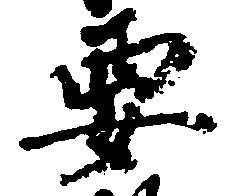
要